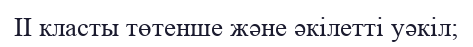
II класты төтенше және әкілетті уәкіл;